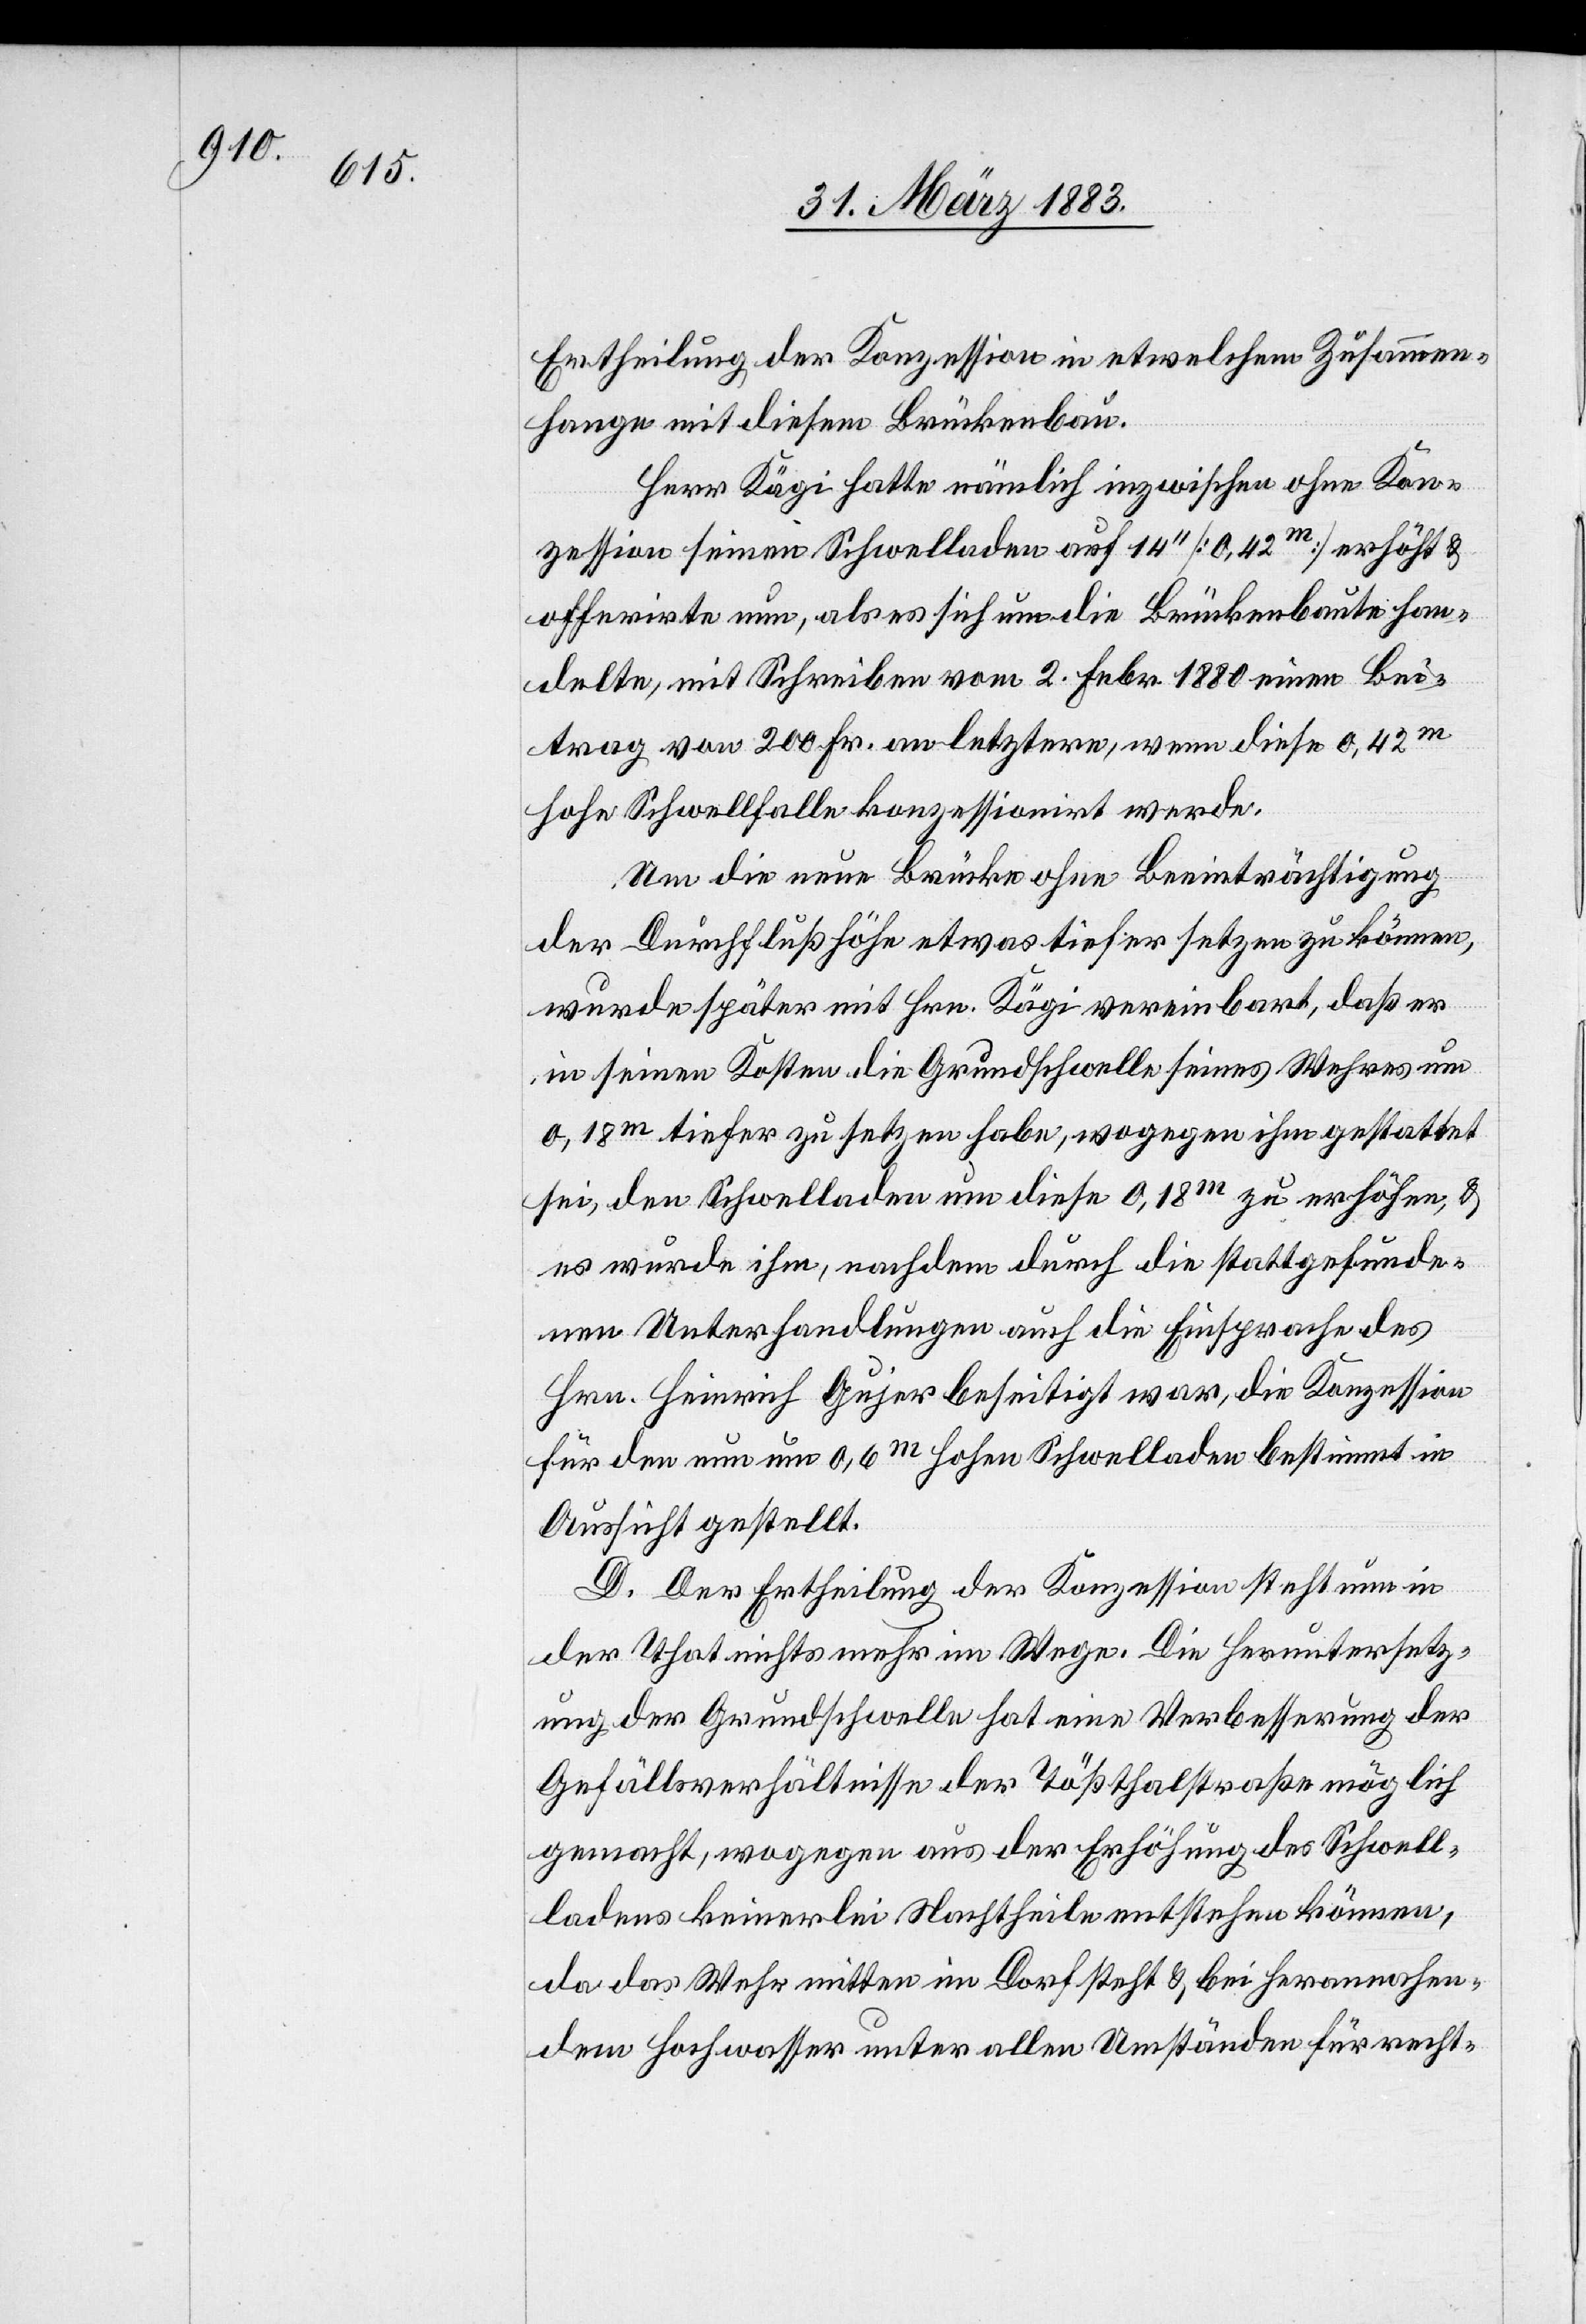
Ertheilung der Konzession in etwelchem Zusammen¬
hang mit diesem Brückenbau.
Herr Kägi hatte nämlich inzwischen ohne Kon¬
zession seinen Schwelladen auf 14ʽʽ [0,42m] erhöht &
offerirte nun, als es sich um die Brückenbaute han¬
delte, mit Schreiben vom 2. Febr. 1880 einen Bei¬
trag von 200 Fr. an letztere, wenn diese 0,42m
hohe Schwellfalle konzessionirt werde.
Um die neue Brücke ohne Beeinträchtigung
der Durchflußhöhe etwas tiefer setzen zu können,
wurde später mit Hrn. Kägi vereinbart, daß er
in seinen Kosten die Grundschwelle seines Wehres um
0,18m tiefer zu setzen habe, wogegen ihm gestattet
sei, den Schwelladen um diese 0,18m zu erhöhen, &
es wurde ihm, nachdem durch die stattgefunde¬
nen Unterhandlungen auch die Einsprache des
Hrn. Heinrich Gujer beseitigt war, die Konzession
für den nun um 0,6m hohen Schwelladen bestimmt in
Aussicht gestellt.
D. Der Ertheilung der Konzession steht nun in
der That nichts mehr im Wege. Die Heruntersetz¬
ung der Grundschwelle hat eine Verbesserung der
Gefällsverhältnisse der Tößthalstraße möglich
gemacht, wogegen aus der Erhöhung des Schwel¬
ladens keinerlei Nachtheile entstehen können,
da das Wehr mitten im Dorf steht & bei herannahen¬
dem Hochwasser unter allen Umständen für recht-